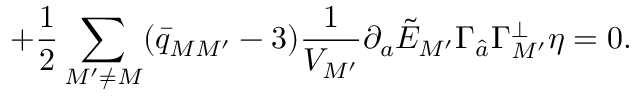
\qquad \qquad \qquad \qquad + { \frac { 1 } { 2 } } \sum _ { M ^ { \prime } \neq M } ( \bar { q } _ { M M ^ { \prime } } - 3 ) { \frac { 1 } { V _ { M ^ { \prime } } } } \partial _ { a } \tilde { E } _ { M ^ { \prime } } \Gamma _ { \hat { a } } \Gamma _ { M ^ { \prime } } ^ { \perp } \eta = 0 .